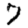
Digit: 7